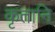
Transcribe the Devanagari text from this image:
कृतानि